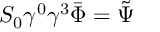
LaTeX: S _ { 0 } \gamma ^ { 0 } \gamma ^ { 3 } \bar { \Phi } = \tilde { \Psi }